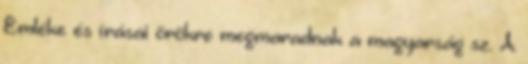
Emléke és írásai örökre megmaradnak a magyarság sz. A